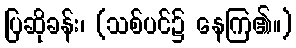
ပြဆိုခန်း၊ (သစ်ပင်၌ နေကြ၏။)